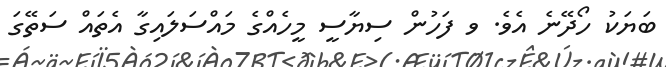
ބަޔަކު ހޯދޭނެ އެވެ. ވ ފަހުން ސިޔާސީ މީހެއްގެ މައްސަލައިގާ އެތައް ސަތޭގަ